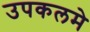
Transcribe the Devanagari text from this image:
उपकलमे